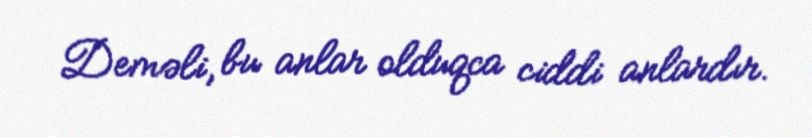
Deməli, bu anlar olduqca ciddi anlardır.